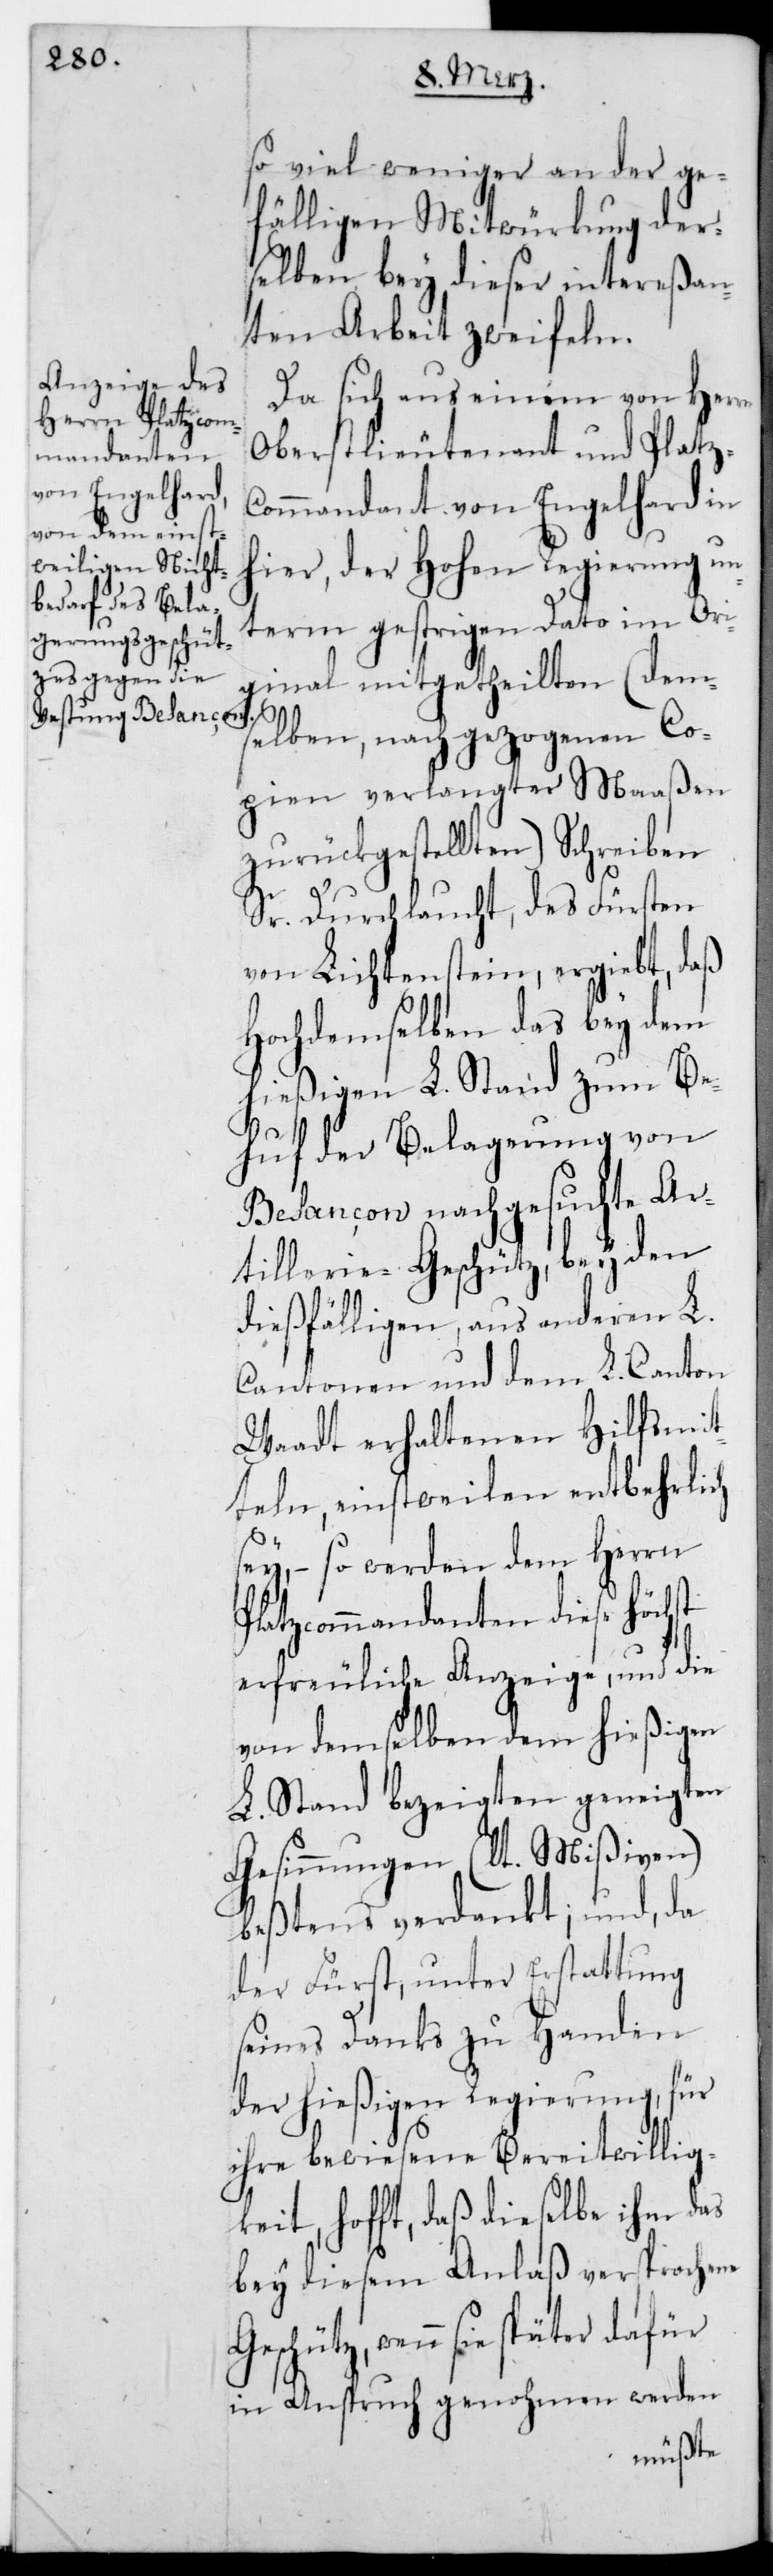
so viel weniger an der ge¬
fälligen Mitwürkung der¬
selben bey dieser intereßan¬
ten Arbeit Zweifeln.
Da es sich aus einem von Her¬
Oberstlieutenant und Platz¬
commandant von Engelhard in
hier, der Hohen Regierung un¬
term gestrigen Dato im Ori¬
ginal mitgetheilten (dem¬
rn
selben, nach gezogenen Co¬
pien verlangtermaaßen
zurückgestellten) Schreiben
Sr. Durchlaucht, des Fürsten
von Lichtenstein, ergiebt, daß
Hochdemselben das bey dem
hießigen L. Stand zum Be¬
huf der Belagerung von
Besançon nachgesuchte Ar¬
tillerie-Geschütz, bey den
dießfälligen, aus anderen L.
Cantonen und dem L. Canton
Waadt erhaltenen Hilfsmit¬
teln, einstweilen entbehrlich
sey, – so werden dem Herrn
Platzcommandanten diese höchst
erfreuliche Anzeige, und die
von demselben dem hießigen
L. Stand bezeigten geneigten
Gesinnungen (lt. Mißiven)
beßtens verdankt, und da
der Fürst, unter Erstattung
seine Danks zu Handen
der hießigen Regierung für
ihre bewiesene Bereitwillig¬
keit hofft, daß dieselbe ihm das
bey diesem Anlaß versprochene
Geschütz, wenn sie später
in Anspruch genohmen werden